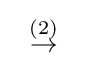
\;\;{\stackrel {(2)}{\to }}\;\;